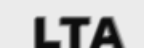
LTA